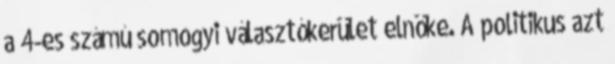
a 4-es számú somogyi választókerület elnöke. A politikus azt